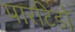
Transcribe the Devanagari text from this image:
पारटिडो